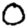
Digit: 0